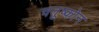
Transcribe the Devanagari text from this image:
चतुष्कोन